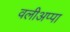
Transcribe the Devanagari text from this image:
वलीअप्पा